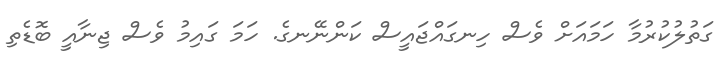
ގަތުލުކުރުމާ ހަމައަށް ވެސް ހިނގައްޖައީސް ކަންނޭނގެ. ހަމަ ގައިމު ވެސް ޖިނާއީ ބޮޑެތި